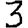
Digit: 3